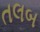
તલબ